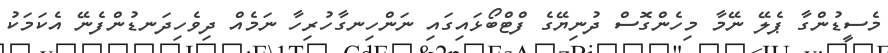
މެސީޑުންގާ ޕެލޭ ނޭމާ މިހެންގޮސް ދުނިޔޭގެ ފްޓްބޯޅައިގައި ނަންހިނގާހުރިހާ ނަމެއް ދިވެހިދަނޑުންފެނޭ އެކަމަކު